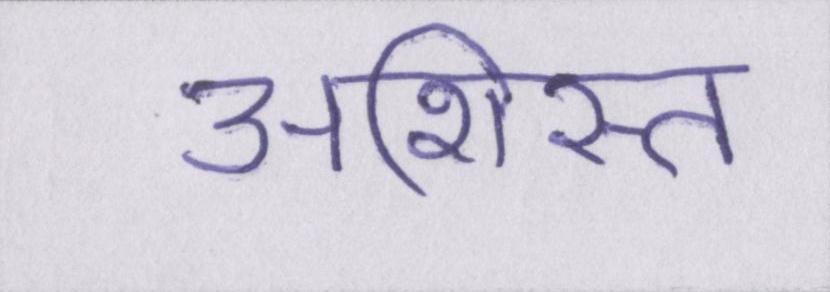
अशिस्त